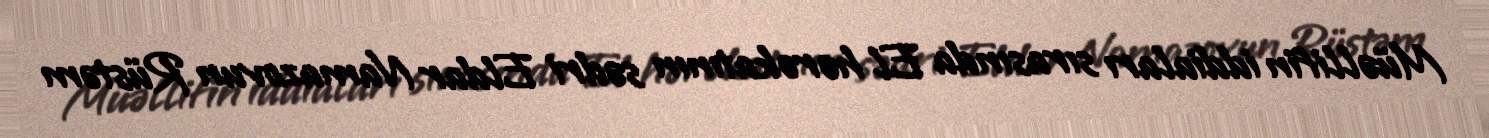
Müəllifin iddiaları sırasında El hərəkatının sədri Eldar Namazovun Rüstəm